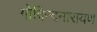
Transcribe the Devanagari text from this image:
गोविन्दनारायण